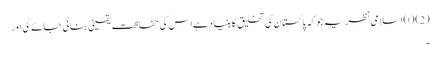
(2) (ا) اسلامی نظریہ جوکہ پاکستان کی تخلیق کا بنیاد ہےاس کی حفاظت یقینی بنائی جائے گی اور
۔